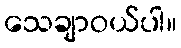
သေချာဝယ်ပါ။